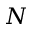
N